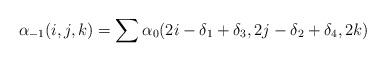
LaTeX: \begin{align*}\alpha_{-1}(i,j,k) = \sum \alpha_0(2i-\delta_1+\delta_3, 2j-\delta_2+\delta_4, 2k)\end{align*}